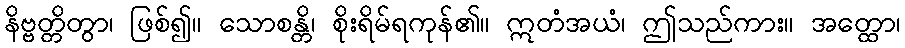
နိဗ္ဗတ္တိတွာ၊ ဖြစ်၍။ သောစန္တိ၊ စိုးရိမ်ရကုန်၏။ ဣတံအယံ၊ ဤသည်ကား။ အတ္ထော၊